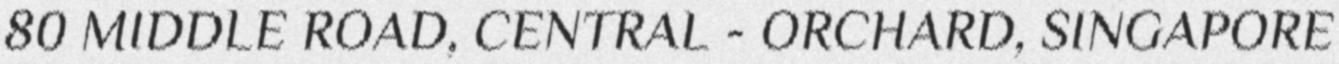
80 MIDDLE ROAD, CENTRAL - ORCHARD, SINGAPORE